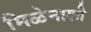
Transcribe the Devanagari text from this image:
मिळेनाशी